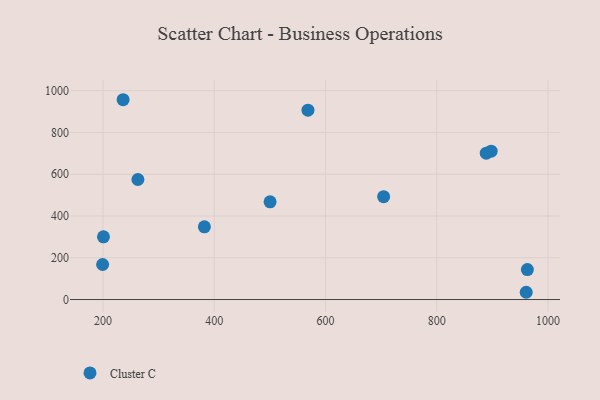
{"axis": {"x": "Engine Size", "y": "Profit"}, "legend": ["Cluster C"], "data": [{"x": "704.4", "y": 492.7, "type": "Cluster C"}, {"x": "897.7", "y": 710.5, "type": "Cluster C"}, {"x": "236.1", "y": 956.8, "type": "Cluster C"}, {"x": "200.8", "y": 300.1, "type": "Cluster C"}, {"x": "962.8", "y": 143.6, "type": "Cluster C"}, {"x": "960.7", "y": 34.8, "type": "Cluster C"}, {"x": "500.3", "y": 468.0, "type": "Cluster C"}, {"x": "262.7", "y": 574.9, "type": "Cluster C"}, {"x": "382.2", "y": 348.0, "type": "Cluster C"}, {"x": "568.4", "y": 906.7, "type": "Cluster C"}, {"x": "888.9", "y": 701.0, "type": "Cluster C"}, {"x": "199.3", "y": 167.8, "type": "Cluster C"}]}